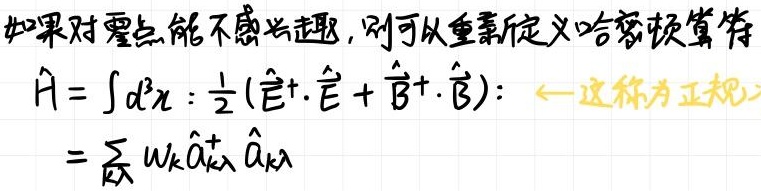
如果对零点能不感兴趣,则可以重新定义哈密顿算符
\[
\begin{align*}
\hat{H}&=\int d^{3}x:\frac{1}{2}(\hat{\vec{E}}^{+}\cdot\hat{\vec{E}}+\hat{\vec{B}}^{+}\cdot\hat{\vec{B}}):\quad\leftarrow\text{这称为正规}\\
&=\sum_{k\lambda}\omega_{k}\hat{a}_{k\lambda}^{+}\hat{a}_{k\lambda}
\end{align*}
\]